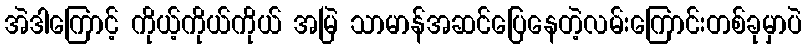
အဲဒါကြောင့် ကိုယ့်ကိုယ်ကိုယ် အမြဲ သာမာန်အဆင်ပြေနေတဲ့လမ်းကြောင်းတစ်ခုမှာပဲ